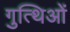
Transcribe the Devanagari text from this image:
गुत्थिओं